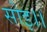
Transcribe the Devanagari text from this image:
सोइ।।